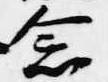
念